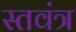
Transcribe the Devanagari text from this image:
स्तवंत्र